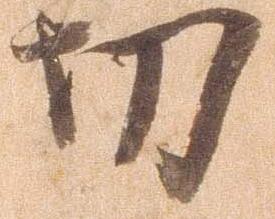
切